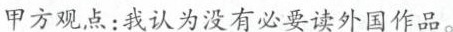
甲方观点：我认为没有必要读外国作品。